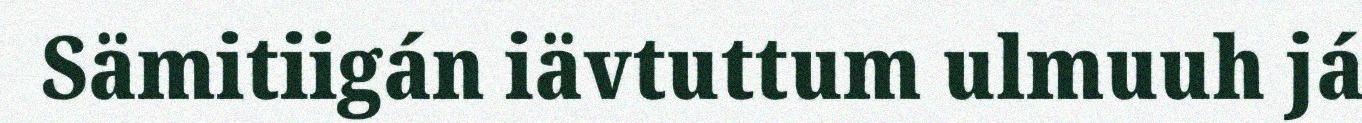
Sämitiigán iävtuttum ulmuuh já